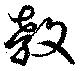
教